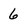
Character: 6